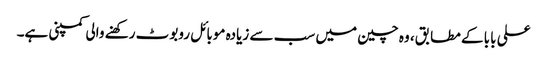
علی بابا کے مطابق، وہ چین میں سب سے زیادہ موبائل روبوٹ رکھنے والی کمپنی ہے۔